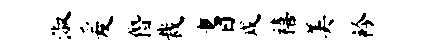
淑爰僭裁耆戍禧美衿